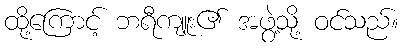
ထို့ကြောင့် ဘရီကျူး၏ အဖွဲ့သို့ ဝင်သည်။